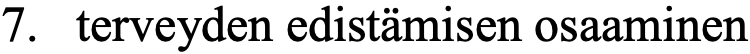
7. terveyden edistämisen osaaminen